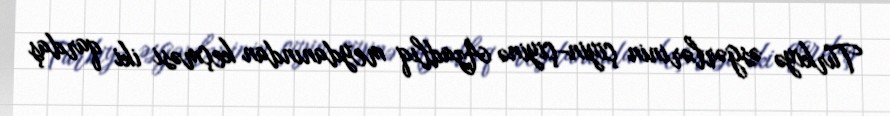
Türkiyə əsgərlərinin çiyin-çiyinə Azadlıq meydanından keçməsi iki qardaş